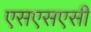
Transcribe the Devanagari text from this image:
एसएसएसी